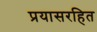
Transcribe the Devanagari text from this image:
प्रयासरहित